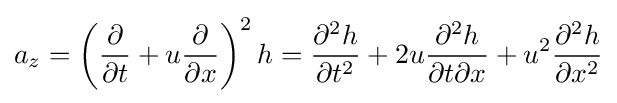
a_{z}=\left({\partial  \over \partial t}+u{\partial  \over \partial x}\right)^{2}h={\partial ^{2}h \over \partial t^{2}}+2u{\partial ^{2}h \over \partial t\partial x}+u^{2}{\partial ^{2}h \over \partial x^{2}}